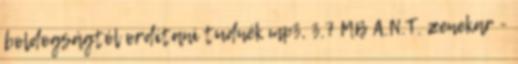
boldogságtól ordítani tudnék mp3, 3.7 MB A.N.T. zenekar -